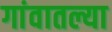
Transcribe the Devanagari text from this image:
गांवातल्या